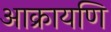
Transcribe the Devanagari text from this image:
आक्रायणि